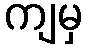
ကျမှ